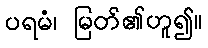
ပရမံ၊ မြတ်၏ဟူ၍။